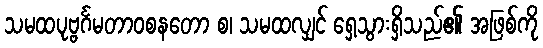
သမထပုဗ္ဗင်္ဂမတာဝစနတော စ၊ သမထလျှင် ရှေ့သွားရှိသည်၏ အဖြစ်ကို